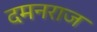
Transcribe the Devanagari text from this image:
दमनराज